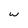
Character: w